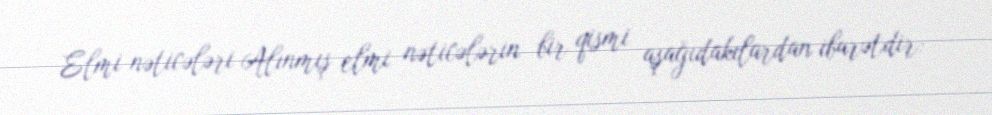
Elmi nəticələri Alınmış elmi nəticələrin bir qismi aşağıdakılardan ibarətdir: